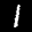
Label: 1